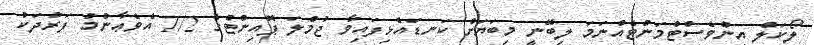
ލޯކަލް އިންވެސްޓްމަންޓެއްނަމަ ލިބޭނީ މިބަޔަށް ކަނޑައެޅިފައިވާ ޖުމްލަ ޕޮއިންޓްގެ 1/2 އެވެޢާންމު ފަރުދަކު